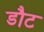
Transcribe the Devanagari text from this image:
डौट